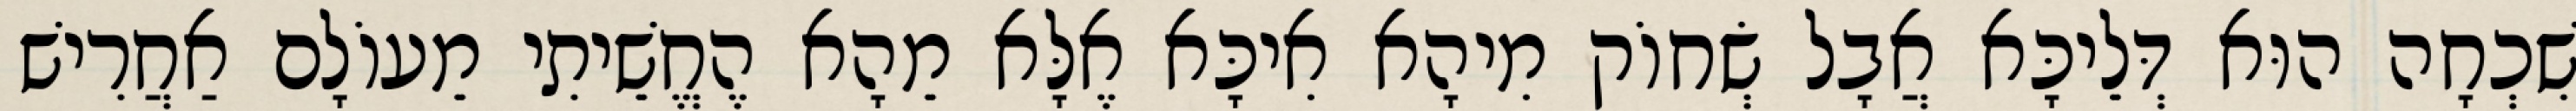
שִׁכְחָה הוּא דְּלֵיכָּא אֲבָל שְׂחוֹק מִיהָא אִיכָּא אֶלָּא מֵהָא הֶחֱשֵׁיתִי מֵעוֹלָם אַחֲרִישׁ